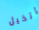
اتخيل